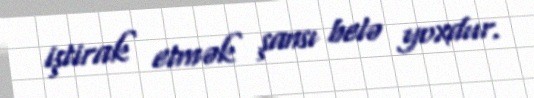
iştirak etmək şansı belə yoxdur.